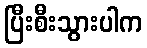
ပြီးစီးသွားပါက